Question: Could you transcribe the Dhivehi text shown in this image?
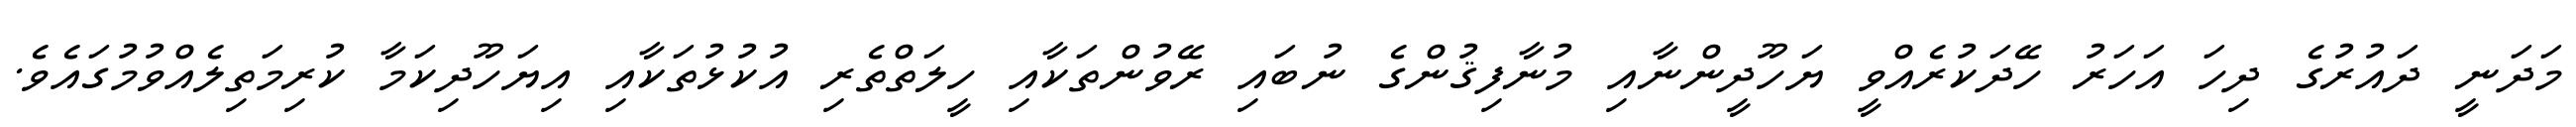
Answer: މަދަނީ ދައުރުގެ ދިހަ އަހަރު ހޭދަކުރެއްވީ ޔަހޫދީންނާއި މުނާފިޤުންގެ ނުބައި ރޭވުންތަކާއި ހީލަތްތެރި އުކުޅުތަކާއި އިޔަހޫދިކަމާ ކުރިމަތިލެއްވުމުގައެވެ.